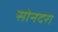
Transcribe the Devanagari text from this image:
सोनदरा